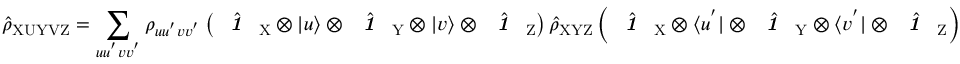
\hat { \rho } _ { \mathrm { X U Y V Z } } = \sum _ { u u ^ { ' } v v ^ { ' } } \rho _ { u u ^ { ' } v v ^ { ' } } \left( \hat { \textbf { \textit { 1 } } \, } _ { \! \mathrm { X } } \otimes | u \rangle \otimes \hat { \textbf { \textit { 1 } } \, } _ { \! \mathrm Y } \otimes | v \rangle \otimes \hat { \textbf { \textit { 1 } } \, } _ { \! \mathrm Z } \right) \hat { \rho } _ { \mathrm { X Y Z } } \left( \hat { \textbf { \textit { 1 } } \, } _ { \! \mathrm { X } } \otimes \langle u ^ { ' } | \otimes \hat { \textbf { \textit { 1 } } \, } _ { \! \mathrm Y } \otimes \langle v ^ { ' } | \otimes \hat { \textbf { \textit { 1 } } \, } _ { \! \mathrm Z } \right)